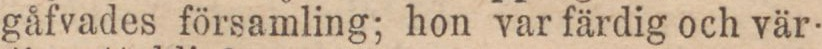
gåfvades församling; hon var färdig och vär-